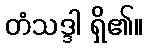
တံသဒ္ဒါ ရှိ၏။